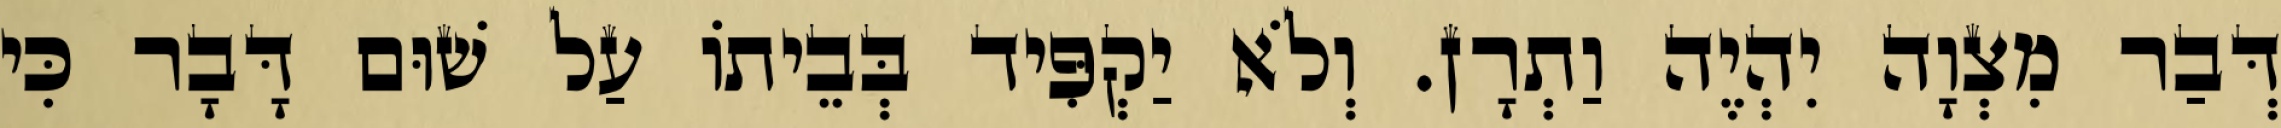
דְּבַר מִצְוָה יִהְיֶה וַתְרָן. וְלֹא יַקְפִּיד בְּבֵיתוֹ עַל שׁוּם דָּבָר כִּי